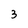
Character: 3